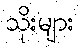
သိုးများ